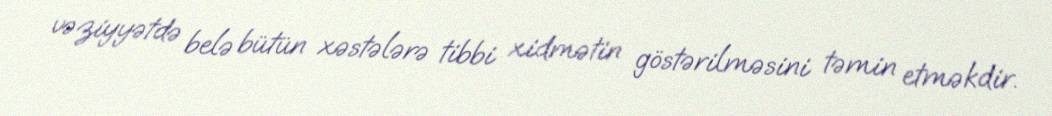
vəziyyətdə belə bütün xəstələrə tibbi xidmətin göstərilməsini təmin etməkdir.